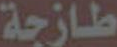
طازجة